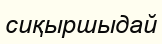
сиқыршыдай